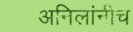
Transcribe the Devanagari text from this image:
अनिलांनीच